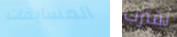
المسابقات نقترب